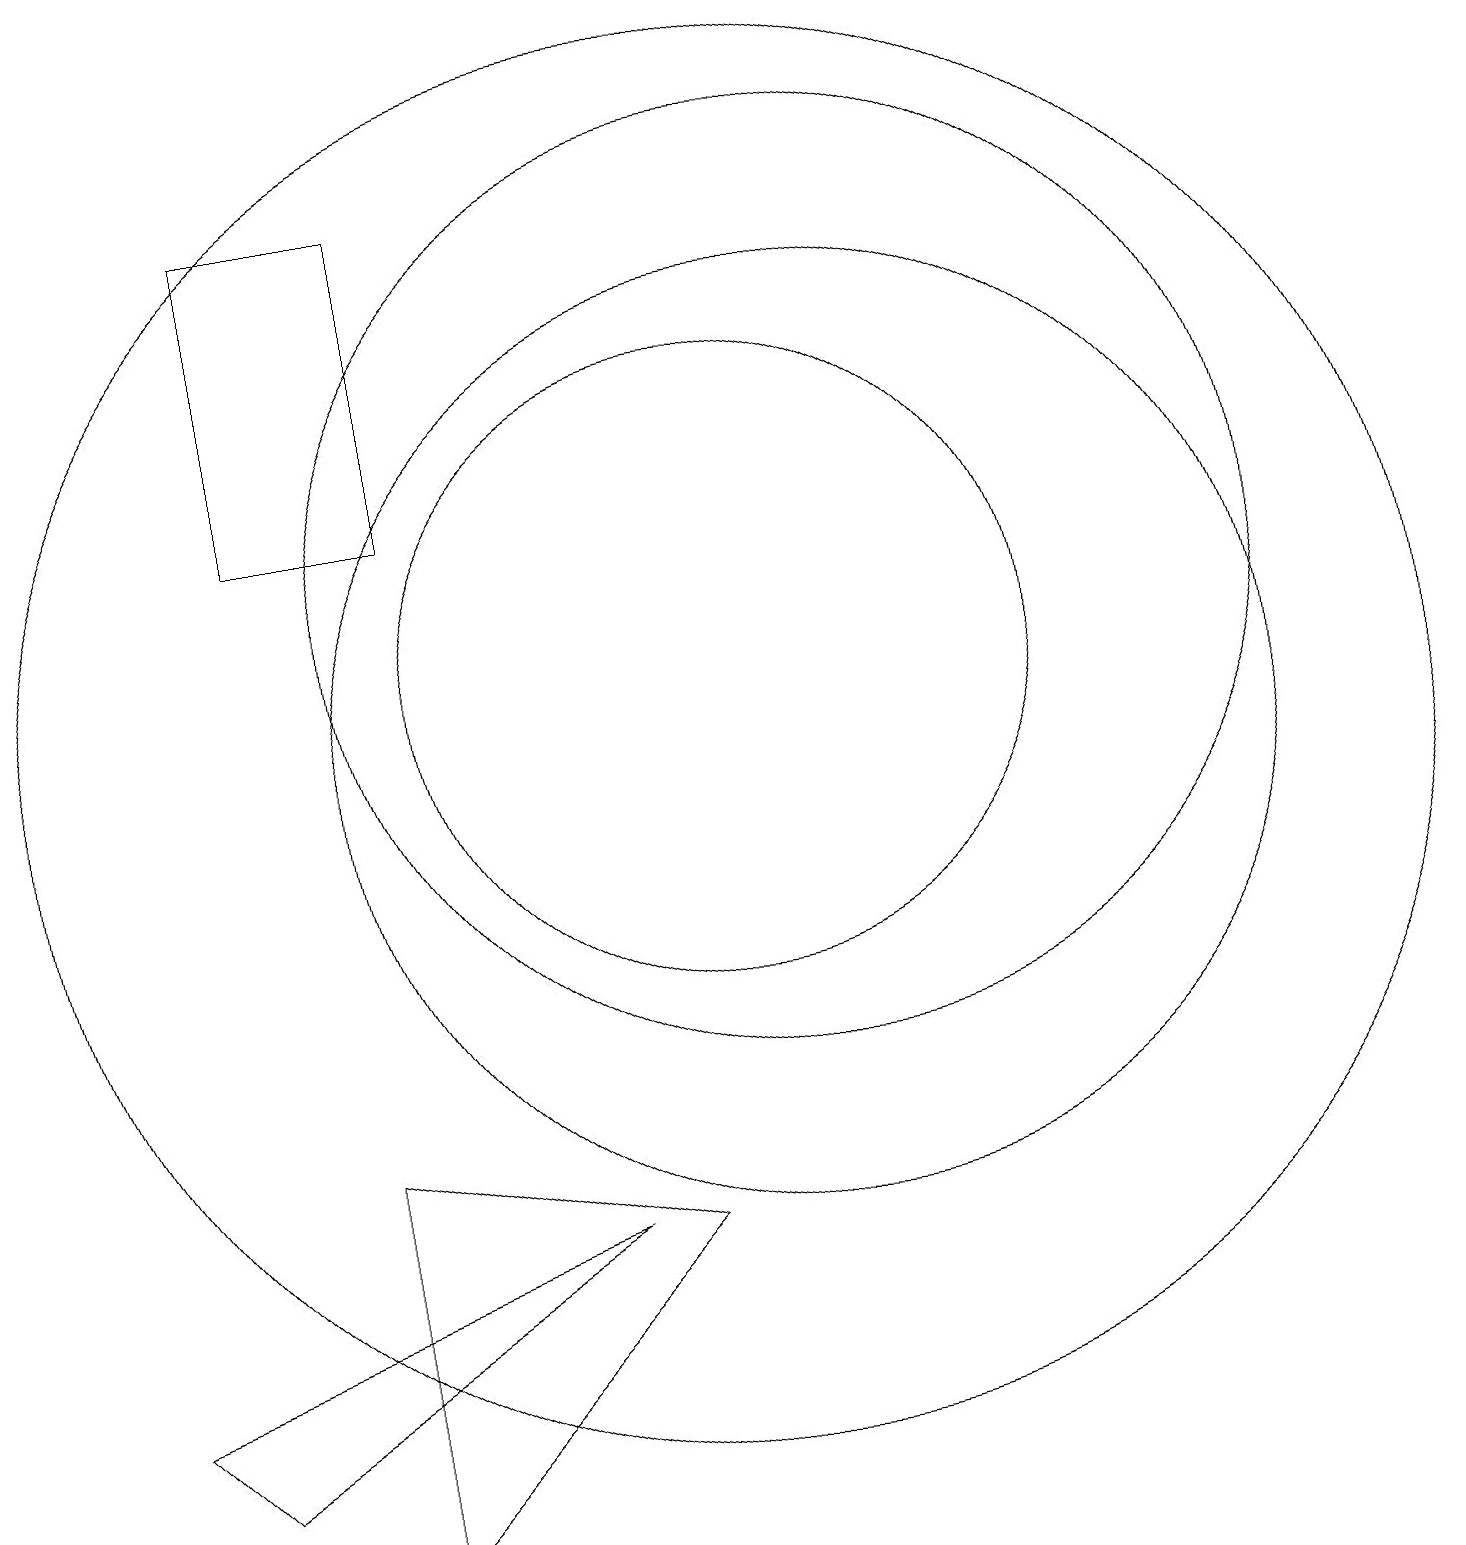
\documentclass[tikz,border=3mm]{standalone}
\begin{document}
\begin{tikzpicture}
\draw (10,10) circle (9);
\draw (11,10) circle (6);
\draw (6,13) rectangle (4,17);
\draw (10,11) circle (4);
\draw (3,1) -- (2,2) -- (8,4) -- cycle;
\draw (9,4) -- (5,5) -- (5,0) -- cycle;
\draw (11,12) circle (6);
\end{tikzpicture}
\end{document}